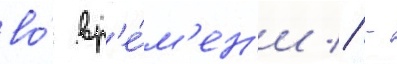
во́ вр'е́м'ен'и // -